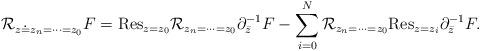
LaTeX: \begin{align*}{\cal R}_{z\doteq z_n=\cdots=z_0}F={\rm Res}_{z=z_0}{\cal R}_{z_n=\cdots=z_0}\partial_{\bar{z}}^{-1}F-\sum_{i=0}^N{\cal R}_{z_n=\cdots=z_0}{\rm Res}_{z=z_i}\partial_{\bar{z}}^{-1}F.\end{align*}